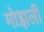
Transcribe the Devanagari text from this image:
मोझली